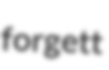
forgett